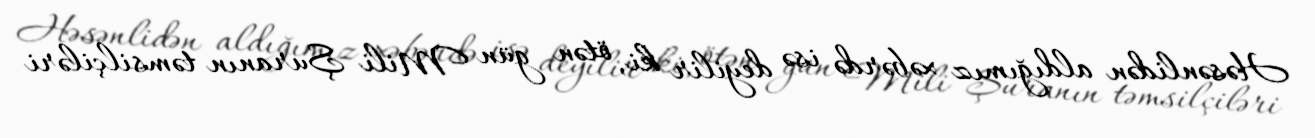
Həsənlidən aldığımız xəbərdə isə deyilir ki, ötən gün Mili Şuranın təmsilçiləri